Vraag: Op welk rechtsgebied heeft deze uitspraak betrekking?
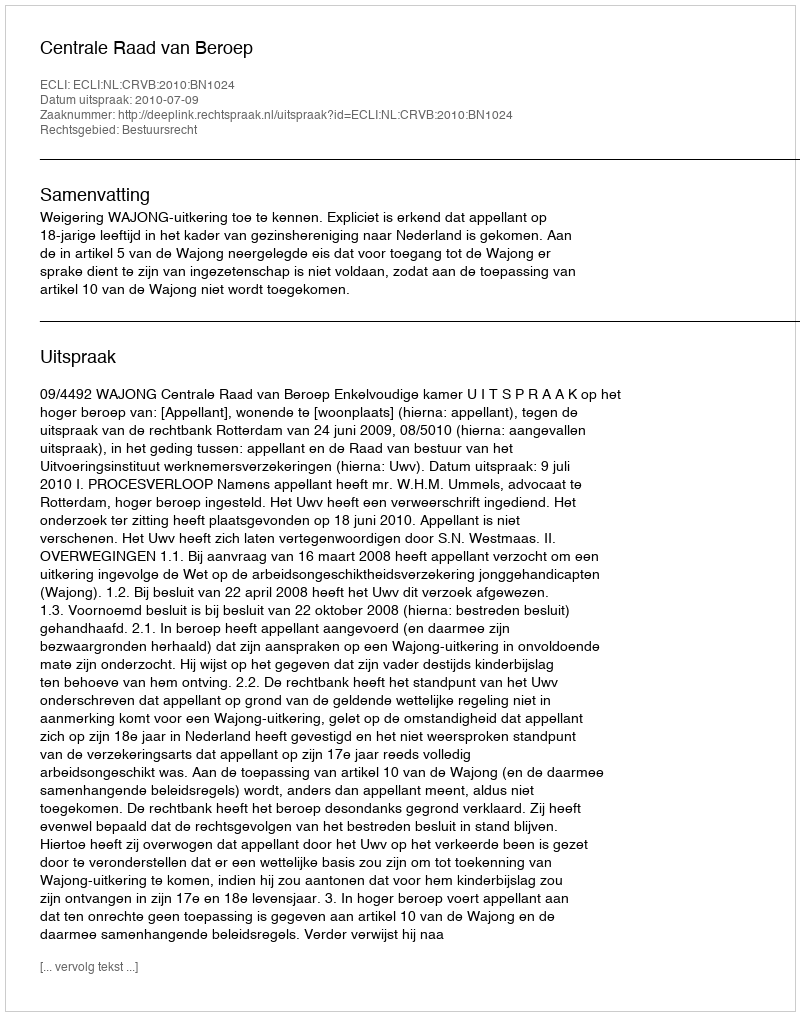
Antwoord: Bestuursrecht